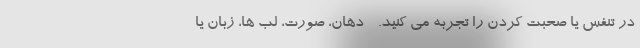
در تنفس یا صحبت کردن را تجربه می کنید. - دهان، صورت، لب ها، زبان یا